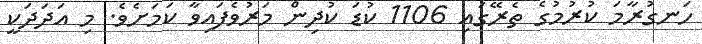
ހަނގުރާމަ ކުރުމުގެ ތެރޭގައި 1106 ކުޑަ ކުދިން މަރުވެފައިވާ ކަމަށެވެ. މި އަދަދަކީ